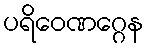
ပရိဝေဏဂ္ဂေန